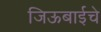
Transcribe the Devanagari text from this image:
जिऊबाईचे